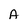
Character: A